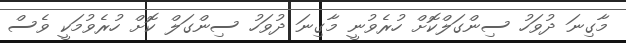
މާގިނަ ދުވަހު ސިންގަލްކޮށް ހުރެވުނީ މާގިނަ ދުވަހު ސިންގަލް ކޮށް ހުރެވުމަކީ ވެސް